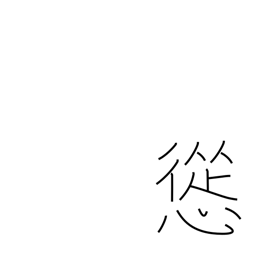
Meaning: persuade